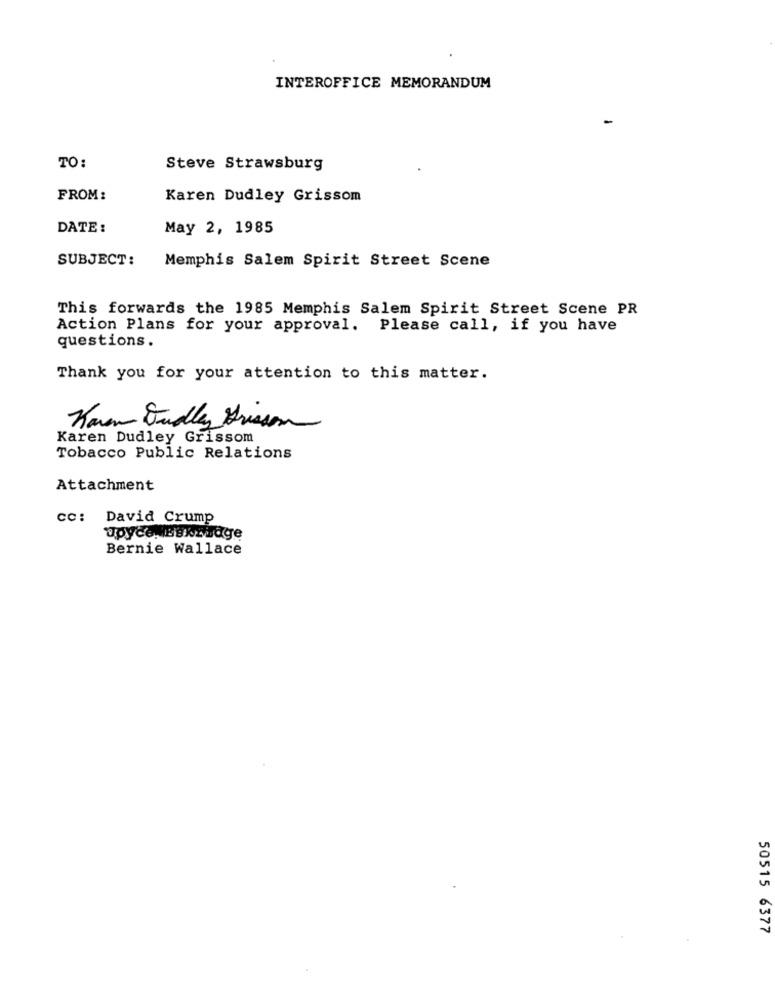
INTEROFFICE MEMORANDUM
TO:
Steve Strawsburg
FROM:
Karen Dudley Grissom
DATE :
May 2, 1985
SUBJECT:
Memphis Salem Spirit Street Scene
This forwards the 1985 Memphis Salem Spirit Street Scene PR
Action Plans for your approval. Please call, if you have
questions.
Thank you for your attention to this matter.
Karen Dudley Frisson
Karen Dudley Grissom
Tobacco Public Relations
Attachment
CC:
David Crump
upyce, Bak bage
Bernie Wallace
50515 6377